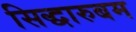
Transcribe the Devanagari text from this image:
सिद्धारुबम